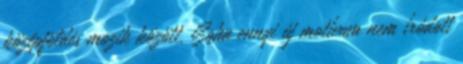
középföldés mozik között. Soha ennyi új motívum nem íródott